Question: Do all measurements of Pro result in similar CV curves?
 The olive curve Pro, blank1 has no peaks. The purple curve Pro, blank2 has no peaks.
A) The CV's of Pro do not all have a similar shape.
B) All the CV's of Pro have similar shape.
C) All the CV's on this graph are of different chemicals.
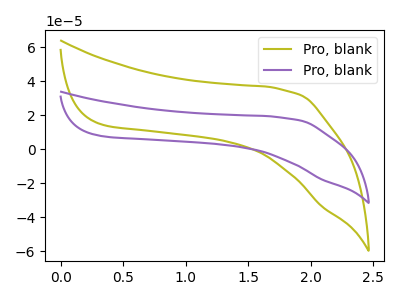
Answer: <think>Neither "Pro, blank1" or "Pro, blank2" have any peaks.
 </think>
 <answer>B) All the CV's of "Pro" have similar shape.</answer>
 <eval>B</eval>